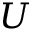
U